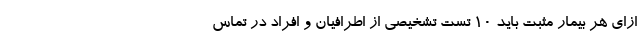
ازای هر بیمار مثبت باید ۱۰ تست تشخیصی از اطرافیان و افراد در تماس